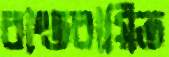
বাস্তবায়িত